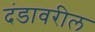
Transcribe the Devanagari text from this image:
दंडावरील